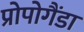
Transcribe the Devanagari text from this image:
प्रोपोगैंडा